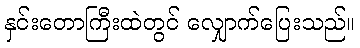
နှင်းတောကြီးထဲတွင် လျှောက်ပြေးသည်။